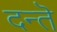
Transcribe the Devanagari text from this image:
दन्तॆ